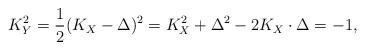
LaTeX: \begin{align*}K_Y^2=\frac{1}{2}(K_X-\Delta)^2=K_X^2+\Delta^2-2K_X\cdot \Delta =-1,\end{align*}